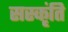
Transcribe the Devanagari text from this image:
सस्कृंति